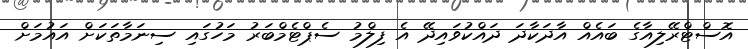
އޮސްޓްރޭލިއާގެ ބައެއް އާދަކާދަ ދައްކުވައިދޭ އެ ފިލްމު ސެޕްޓެމްބަރު މަހުގައި ސިނަމާތަކަށް އައުމަށް